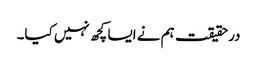
درحقیقت ہم نے ایسا کچھ نہیں کیا۔